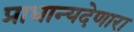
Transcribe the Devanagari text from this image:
प्राधान्यदेणारा